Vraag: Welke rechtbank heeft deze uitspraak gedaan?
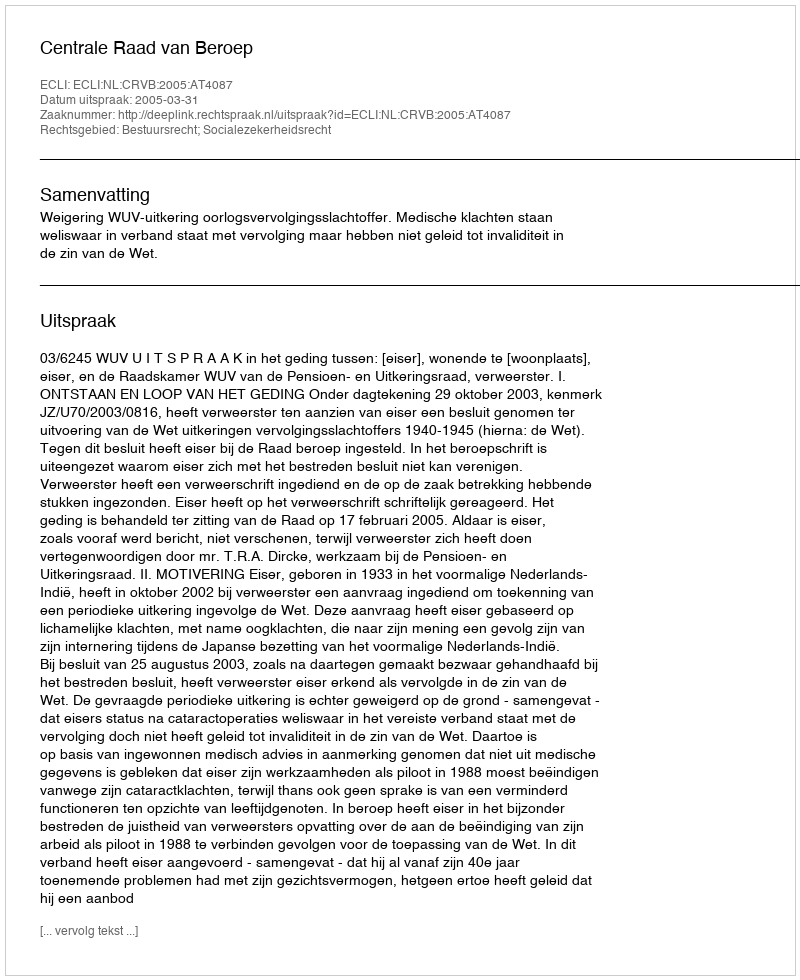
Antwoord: Centrale Raad van Beroep